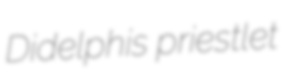
Didelphis priestlet